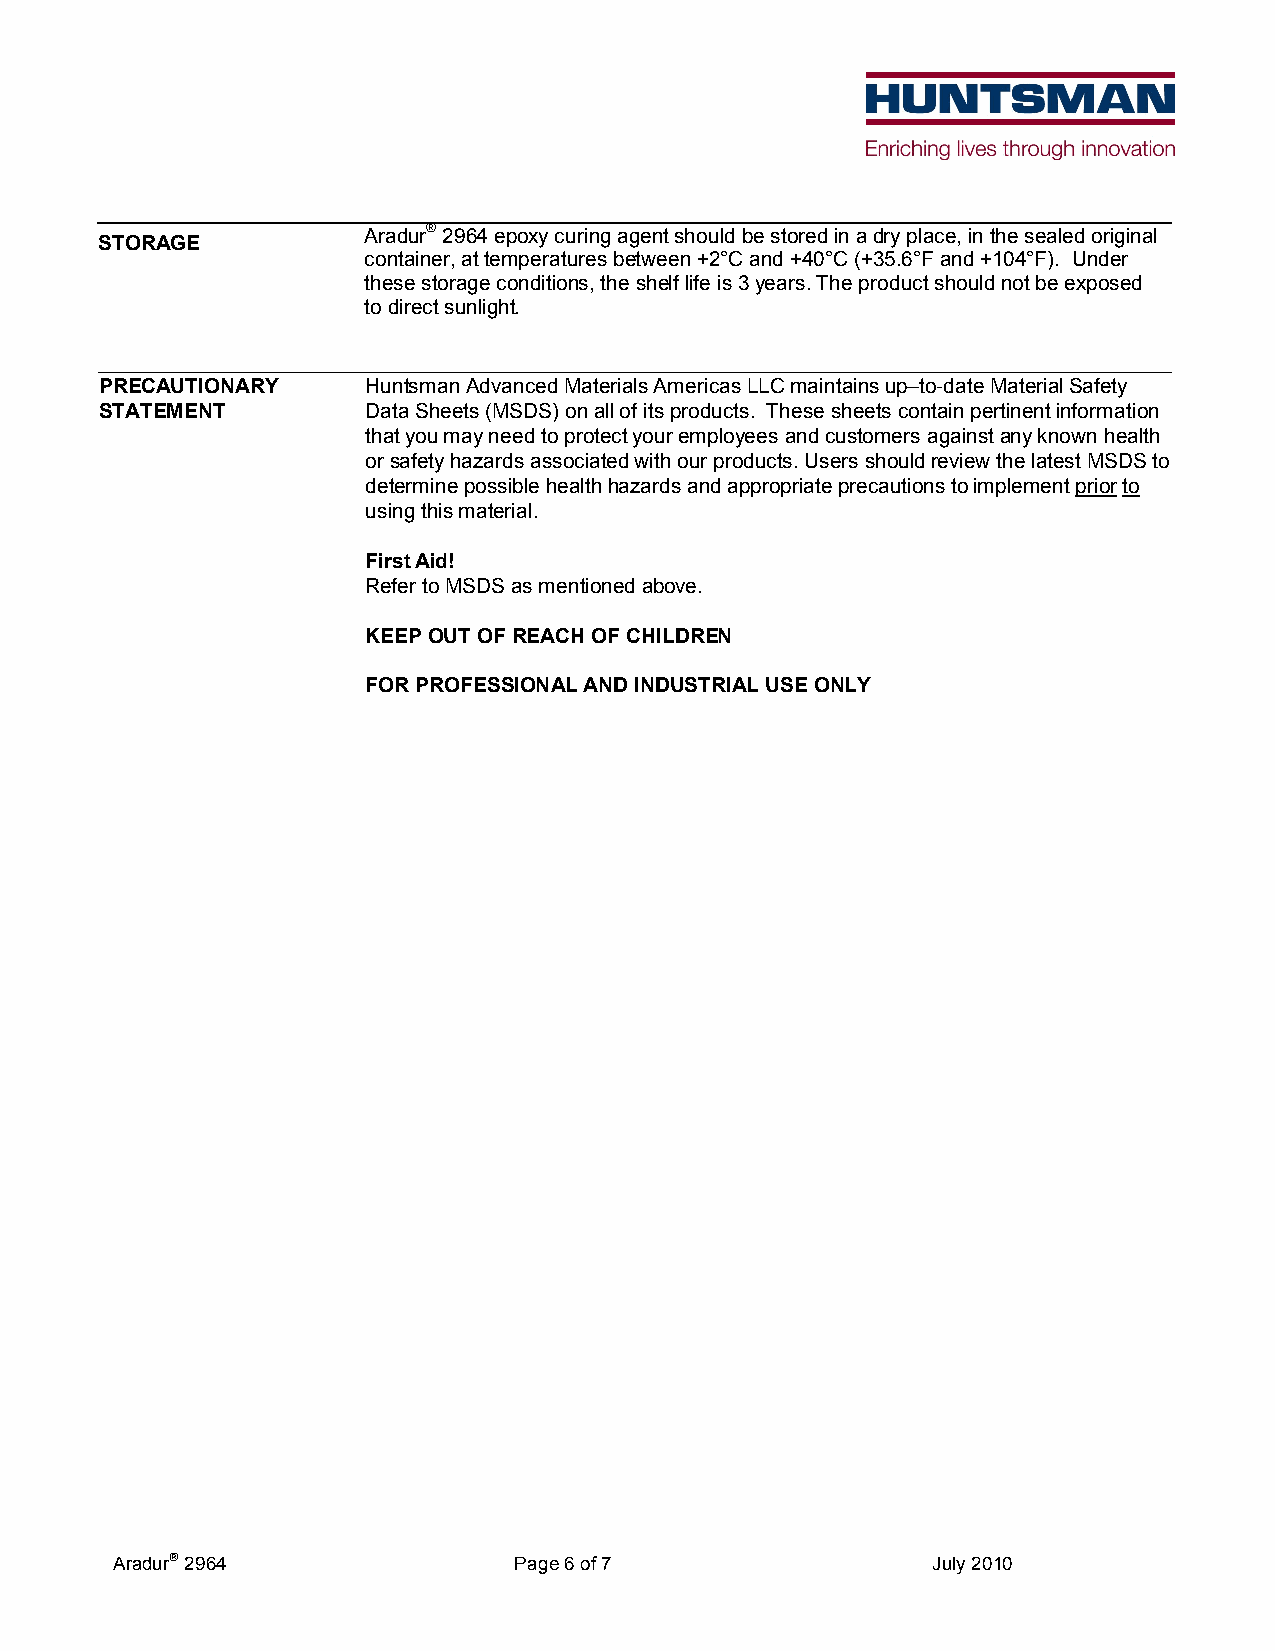
Aradur® 2964 epoxy curing agent should be stored in a dry place, in the sealed original
 STORAGE
 container, at temperatures between +2°C and +40°C (+35.6°F and +104°F). Under
 these storage conditions, the shelf life is 3 years. The product should not be exposed
 to direct sunlight.
 PRECAUTIONARY    Huntsman Advanced Materials Americas LLC maintains up–to-date Material Safety
 STATEMENT        Data Sheets (MSDS) on all of its products. These sheets contain pertinent information
 that you may need to protect your employees and customers against any known health
 or safety hazards associated with our products. Users should review the latest MSDS to
 determine possible health hazards and appropriate precautions to implement prior to
 using this material.
 First Aid!
 Refer to MSDS as mentioned above.
 KEEP OUT OF REACH OF CHILDREN
 FOR PROFESSIONAL AND INDUSTRIAL USE ONLY
 Aradur 2964               Page 6 of 7                 July 2010